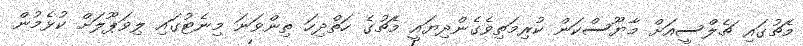
މެޗުގައި ޗެލްސީއަށް މާޔޫސްކަން ކުރިމަތިވެގެންދިޔައީ މެޗުގެ ހަތްދިހަ ތިންވަނަ މިނެޓުގައި ލިވަޕޫލަށް ކުޅެމުން